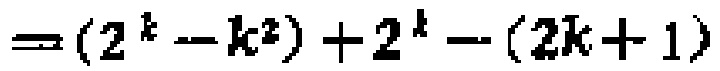
\(=(2^{k}-k^{2}) + 2^{k}-(2k + 1)\)